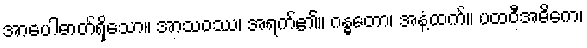
အာပေါဓာတ်ရှိသော။ အာသဝဿ၊ အရက်၏။ ဂန္ဓတော၊ အနံ့ထက်။ ပထဝီအဓိကေ၊